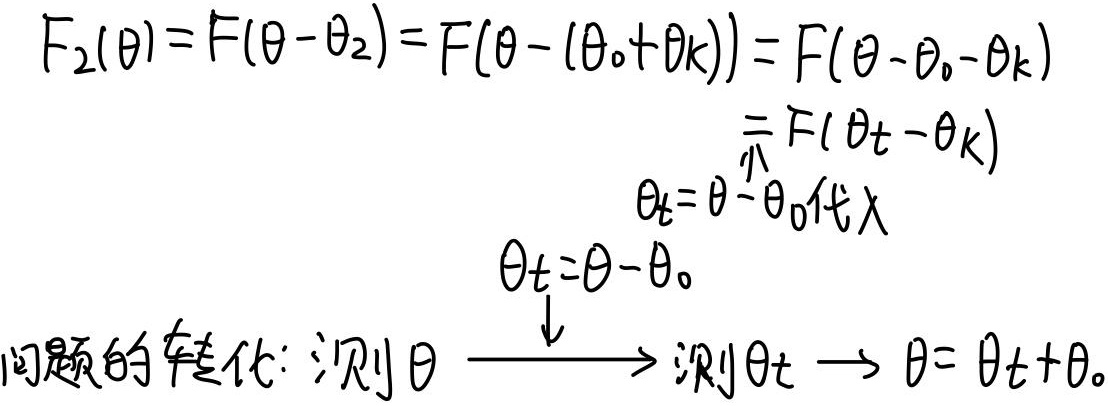
问题的转化: 测\(\theta\) \(\xrightarrow{\theta_{t}=\theta - \theta_{0}}\) 测\(\theta_{t}\) \(\to\) \(\theta=\theta_{t}+\theta_{0}\)

\[
\begin{align*}
F_{2}(\theta)&=F(\theta - \theta_{2}) = F(\theta - (\theta_{0}+\theta_{k})) = F(\theta - \theta_{0}-\theta_{k})\\
&=F(\theta_{t}-\theta_{k})\\
&\overset{\text{将}\theta_{t}=\theta - \theta_{0}\text{代入}}{=}F(\theta - \theta_{0}-\theta_{k})\\
&\text{其中}\theta_{t}=\theta - \theta_{0}
\end{align*}
\]